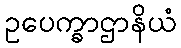
ဥပေက္ခာဌာနိယံ